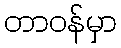
တာဝန်မှာ